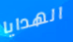
الهدايا